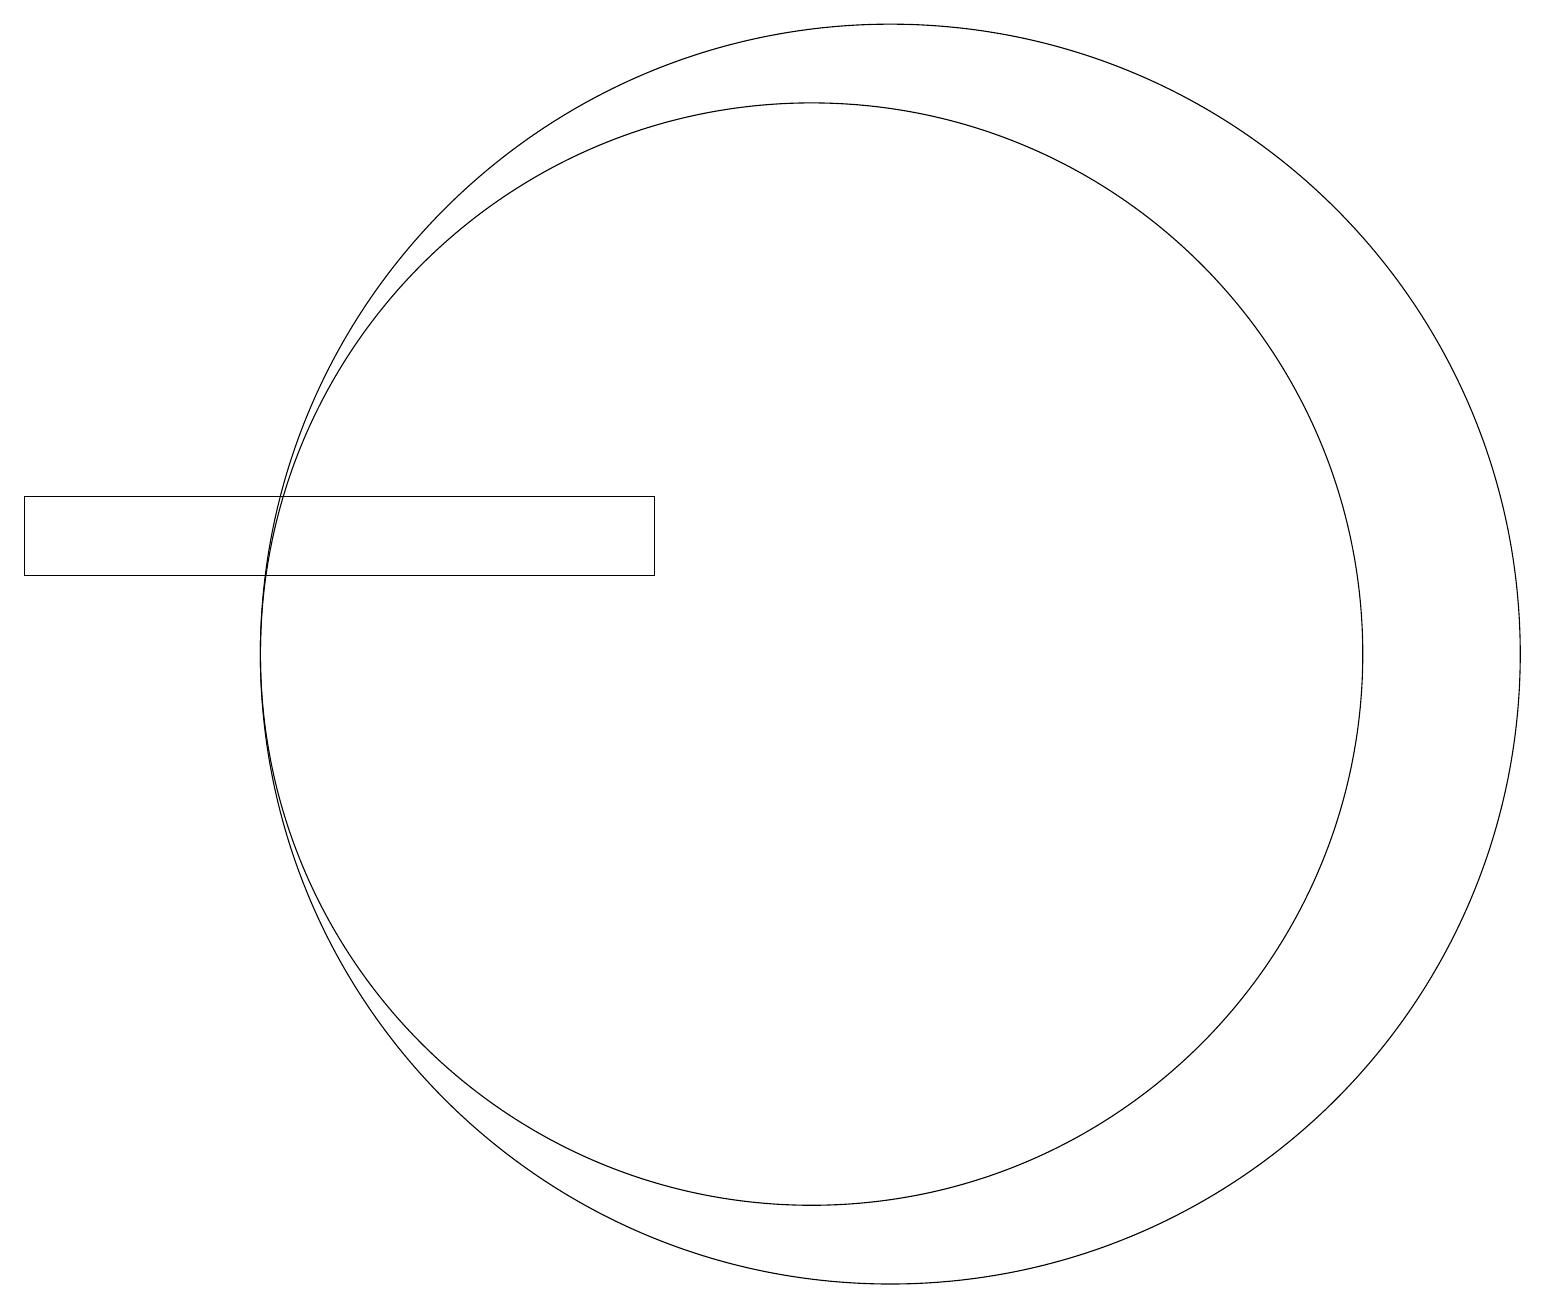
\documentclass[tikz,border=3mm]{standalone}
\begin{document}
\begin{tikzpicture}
\draw (11,10) circle (7);
\draw (12,10) circle (8);
\draw (1,11) rectangle (9,12);
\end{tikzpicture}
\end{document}